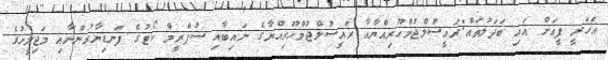
އަހަރީ ފީއަށް އައި ބަދަލުތައް:ރައީސުލްޖުމްހޫރިއްޔާއާ ރައީސުލްޖުމްހޫރިއްޔާގެ ނައިބާއި ސުޕްރީމް ކޯޓުގެ ފަނޑިޔާރުންނާއި މަޖިލީހުގެ